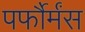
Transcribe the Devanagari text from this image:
पर्फौर्मंस